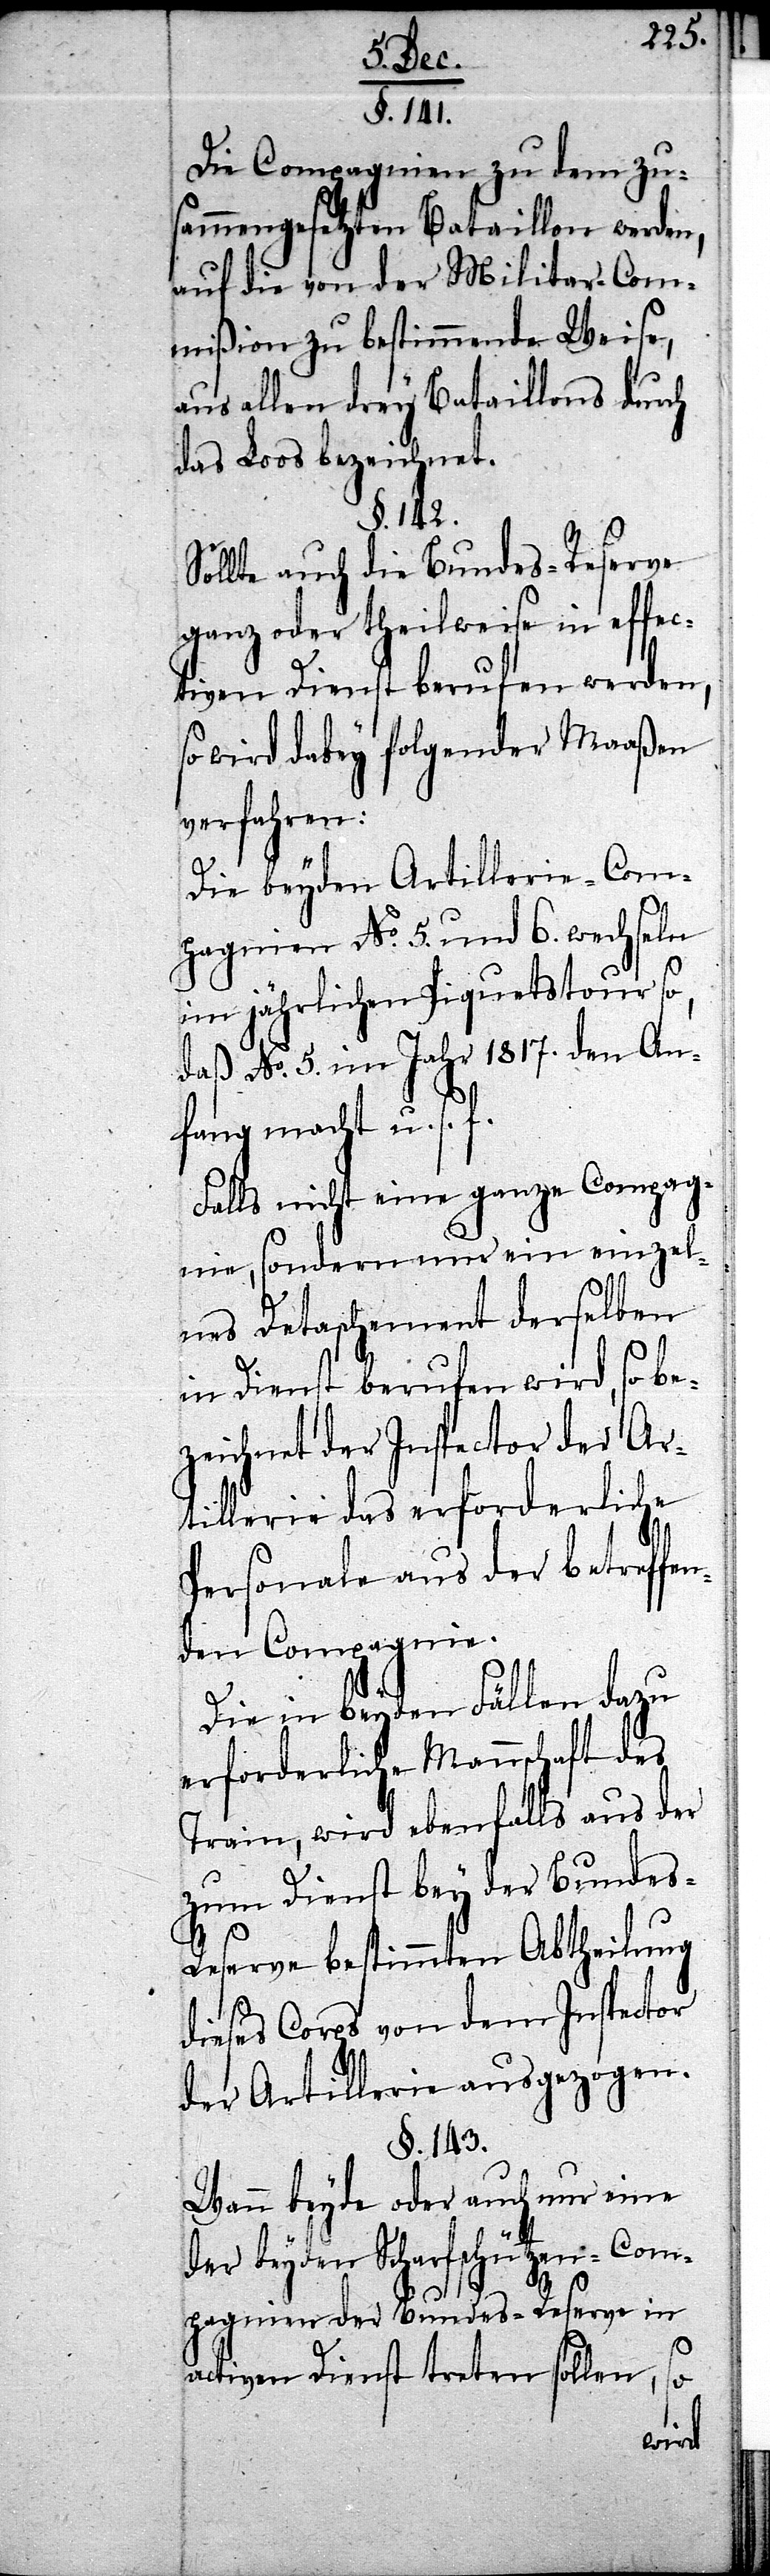
§. 141.
Die Compagnien zu dem zu¬
sammengesetzten Bataillon werden,
auf die von der Militar-Com¬
mißion zu bestimmende Weise,
aus allen drey Bataillon durch
das Loos bezeichnet.
§. 142.
Sollte auch die Bundes-Reserve
ganz oder theilweise in effec¬
tiven Dienst berufen werden,
so wird dabey folgender Maaßen
verfahren:
Die beyden Artillerie-Com¬
pagnien No. 5. und 6. wechseln
im jährlichen Piquetstour so,
daß No. 5. im Jahr 1817. den An¬
fang macht u. s. f.
Falls nicht eine ganze Compag¬
nie, sondern nur ein einzel¬
nes Detaschement derselben
im Dienst berufen wird, so be¬
zeichnet der Inspector der Ar¬
tillerie das erforderliche
Personale aus der betreffe¬
nden Compagnie.
Die in beyden Fällen dazu
erforderliche Mannschaft des
Train, wird ebenfalls aus der
zum Dienst bey der Bundes-R¬
eserve bestimmten Abtheilung
dieses Corps von dem Inspector
der Artillerie ausgezogen.
§. 143.
Wann beyde oder auch nur eine
der beyden Scharfschützen-Com¬
pagnien der Bundes-Reserve in
activen Dienst treten sollen, so